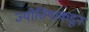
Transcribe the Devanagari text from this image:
ज्योतिषाकडून